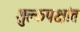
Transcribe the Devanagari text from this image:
शुल्कपक्षांत